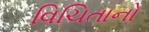
વિચિતાનો